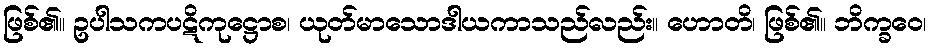
ဖြစ်၏။ ဥပါသကပဋိကုဋ္ဌောစ၊ ယုတ်မာသောဒါယကာသည်လည်း။ ဟောတိ၊ ဖြစ်၏။ ဘိက္ခဝေ၊